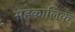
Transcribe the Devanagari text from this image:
सहकालिक